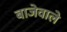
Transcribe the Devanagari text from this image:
बाजेवाले